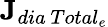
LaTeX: \textbf{J}_{dia\ Total_{e}}